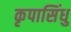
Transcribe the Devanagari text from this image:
कृपासिंधु